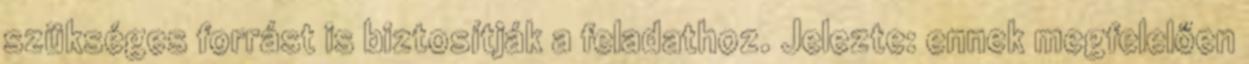
szükséges forrást is biztosítják a feladathoz. Jelezte: ennek megfelelően